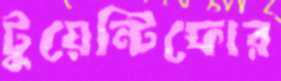
টুয়েন্টিফোর